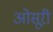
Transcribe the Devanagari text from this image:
ओसूरी